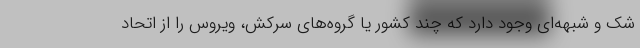
شک و شبهه‌ای وجود دارد که چند کشور یا گروه‌های سرکش، ویروس را از اتحاد